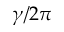
\gamma / 2 \pi